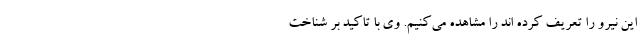
این نیرو را تعریف کرده اند را مشاهده می‌کنیم. وی با تاکید بر شناخت